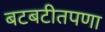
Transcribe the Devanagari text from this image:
बटबटीतपणा